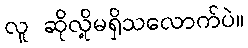
လူ ဆိုလို့မရှိသလောက်ပဲ။